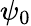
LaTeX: \psi_{0}